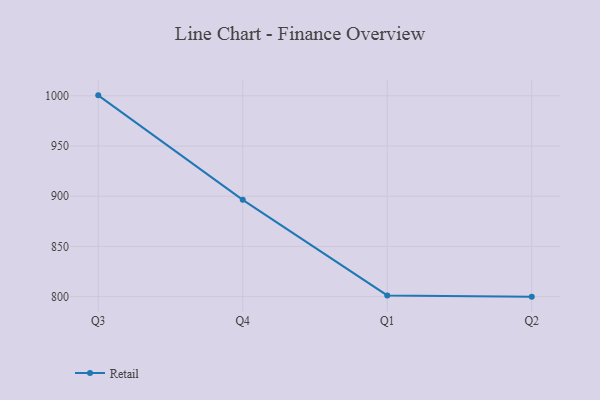
{"axis": {"x": "Quarter", "y": "Net Income (USD K)"}, "legend": ["Retail"], "data": [{"x": "Q3", "y": 1000.5, "type": "Retail"}, {"x": "Q4", "y": 896.4, "type": "Retail"}, {"x": "Q1", "y": 801.2, "type": "Retail"}, {"x": "Q2", "y": 800, "type": "Retail"}]}